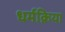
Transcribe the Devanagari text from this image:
धर्मक्रिया